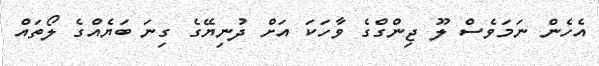
އެހެން ނަމަވެސް ލޫ ޖިންގްގެ ވާހަކަ އަށް ދުނިޔޭގެ ގިނަ ބަޔެއްގެ ލޯތައް